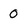
Character: 0